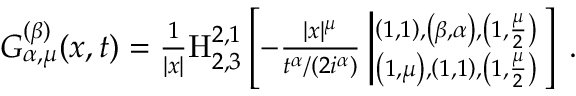
\begin{array} { r } { { \cal { G } } _ { \alpha , \mu } ^ { ( \beta ) } ( x , t ) = \frac { 1 } { | x | } { \mathrm { H } } _ { 2 , 3 } ^ { 2 , 1 } \left[ - \frac { | x | ^ { \mu } } { t ^ { \alpha } / ( 2 i ^ { \alpha } ) } \left| ^ { \left( 1 , 1 \right) , \left( \beta , \alpha \right) , \left( 1 , \frac { \mu } { 2 } \right) } _ { \left( 1 , \mu \right) , \left( 1 , 1 \right) , \left( 1 , \frac { \mu } { 2 } \right) } \right. \right] \; . } \end{array}